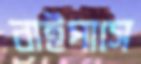
বাইপাসে